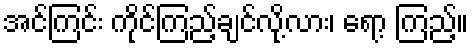
အင်ကြင်း ကိုင်ကြည့်ချင်လို့လား၊ ရော့ ကြည့်။